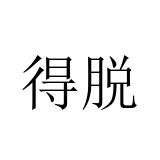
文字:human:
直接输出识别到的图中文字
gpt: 得脱